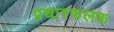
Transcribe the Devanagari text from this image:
प्रचारफलक